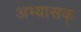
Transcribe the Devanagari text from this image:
अभ्यासक्